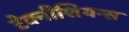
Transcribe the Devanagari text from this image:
टेक्नीशियन्स